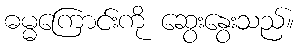
ဓမ္မကြောင်းကို ဆွေးနွေးသည်။